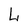
Character: L